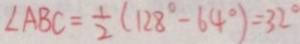
\angle A B C = \frac { 1 } { 2 } ( 1 2 8 ^ { \circ } - 6 4 ^ { \circ } ) = 3 2 ^ { \circ }